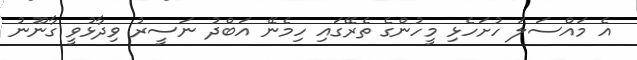
އެ މައްސަލަ ހުށަހެޅި މީހުންގެ ތެރޭގައި ހިމެނޭ އަބްދު ނަސީރު ވިދާޅުވީ ގާނޫނު